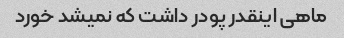
ماهی اینقدر پودر داشت که نمیشد خورد